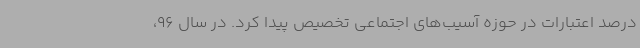
درصد اعتبارات در حوزه آسیب‌های اجتماعی تخصیص پیدا کرد. در سال 96،